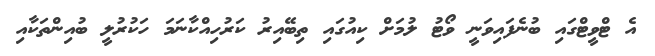
އެ ޓްވީޓްގައި ބުނެފައިވަނީ ވޯޓު ލުމަށް ކިއުގައި ތިބޭއިރު ކަރުހިއްކާނަމަ ހަކުރުލީ ބުއިންތަކާއި